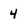
Character: 4